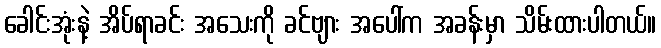
ခေါင်းအုံးနဲ့ အိပ်ရာခင်း အသေးကို ခင်ဗျား အပေါ်က အခန်းမှာ သိမ်းထားပါတယ်။